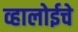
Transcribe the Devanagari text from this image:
व्हालोईचे